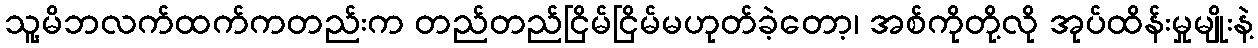
သူ့မိဘလက်ထက်ကတည်းက တည်တည်ငြိမ်ငြိမ်မဟုတ်ခဲ့တော့၊ အစ်ကိုတို့လို အုပ်ထိန်းမှုမျိုးနဲ့